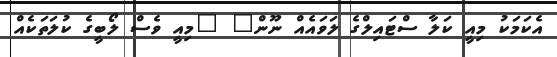
އެކަމަކު މިއީ ކަލާ ސްޓައިލްގެ ލަވައެއް ނޫން" "މިއީ ވެސް ލޯބީގެ ކުލަތަކެއް